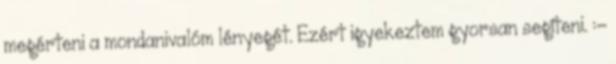
megérteni a mondanivalóm lényegét. Ezért igyekeztem gyorsan segíteni. :-